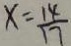
x = \frac { 1 4 } { 1 7 }